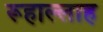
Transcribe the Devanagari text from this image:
रूहाल्लाह